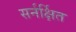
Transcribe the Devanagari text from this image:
सर्नर्क्षित